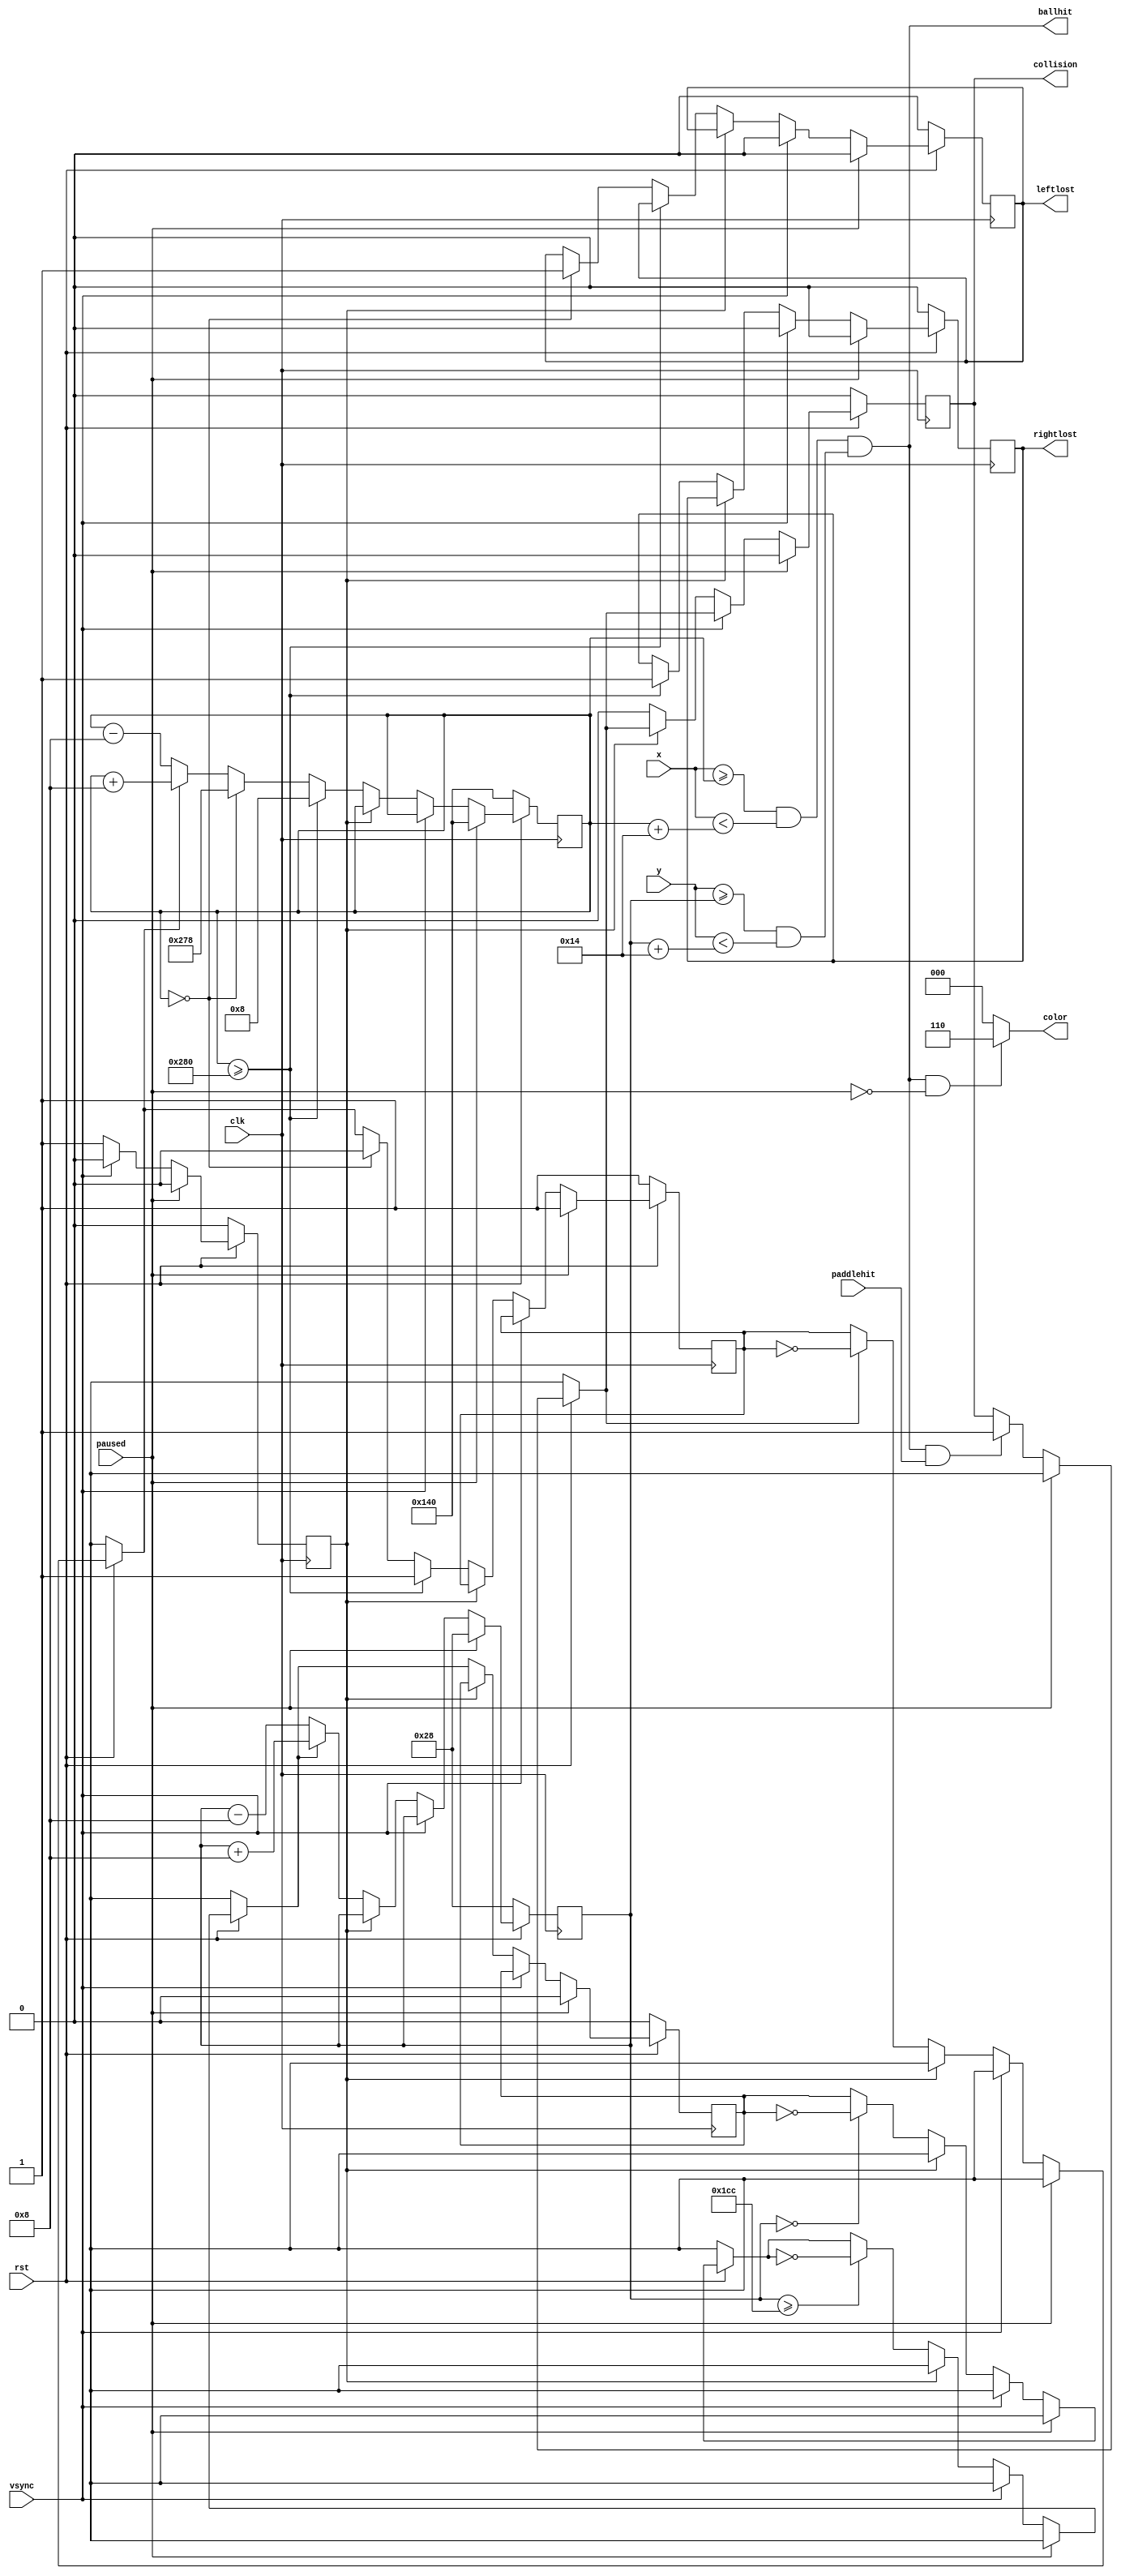
/**
 * Handles the ball, primarily its moves.
 */
module ballcontroller
#(
	parameter WIDTH = 20,
	parameter HEIGHT = 20,
	parameter INCX = 8,
	parameter INCY = 8
)
(
	output wire[2:0] color,
	input wire[9:0] x,
	input wire[9:0] y,
	input wire clk, vsync, rst, paddlehit, paused,
	output wire ballhit, 
	output reg collision,
	output reg leftlost,
	output reg rightlost
);

	reg[9:0] xpos;
	reg[9:0] ypos;
	reg[15:0] clkdiv;
	reg xdir;
	reg ydir;
	reg vsyncdone;
	wire atx, aty;
	
	assign atx = x >= xpos && x < xpos + WIDTH;
	assign aty = y >= ypos && y < ypos + HEIGHT;
	assign ballhit = atx && aty;
	assign color = atx && aty && ! paused ? 3'b110 : 3'b000;

	always@(posedge clk) begin
		if(! rst) begin
			xpos = (320 / INCX) * INCX;
			ypos = INCY * 5;
			xdir = 1;
			ydir = 0;
			collision = 0;
			vsyncdone = 0;
			leftlost = 0;
			rightlost = 0;
		end else begin
			if(paused) begin
				xpos = 320;
				ypos = 40;
				xdir = 1;
				ydir = 0;
				collision = 0;
				vsyncdone = 0;
				leftlost = 0;
				rightlost = 0;
			end else begin
		
				if(ballhit && paddlehit) begin
					collision = 1;							// Set marker that we collided
				end
				
				//-- As soon as we enter vsync...
				if(vsync) begin
					vsyncdone = 0;							// As soon as we exit vsync -> set done to no
					leftlost = 0;
					rightlost = 0;
				end else if(! vsyncdone) begin
					vsyncdone = 1;							// Mark action as done
					
					if(ypos == 0) begin
						ydir = ! ydir;
					end
					if(ypos >= 480-HEIGHT) begin
						ydir = ! ydir;
					end
					
					if(collision) begin
						xdir = ! xdir;
						collision = 0;
					end
					
					if(xpos >= 640) begin
						rightlost = 1;
						xpos = INCX;
						xdir = 1;
					end else if(xpos == 0) begin
						leftlost = 1;
						xpos = 640-INCX;
						xdir = 0;
					end else if(xdir) begin
						xpos = xpos + INCX;
					end else begin
						xpos = xpos - INCX;
					end
					if(ydir) begin
						ypos = ypos + INCY;
					end else begin
						ypos = ypos - INCY;
					end
				end
			end
		end
	end

endmodule